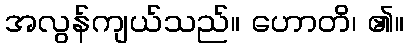
အလွန်ကျယ်သည်။ ဟောတိ၊ ၏။